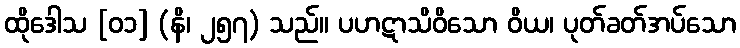
ထိုဒေါသ [၀၁] (နိ၊ ၂၅၇) သည်။ ပဟဋာသိဝိသော ဝိယ၊ ပုတ်ခတ်အပ်သော